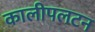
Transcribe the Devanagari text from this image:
कालीपलटन